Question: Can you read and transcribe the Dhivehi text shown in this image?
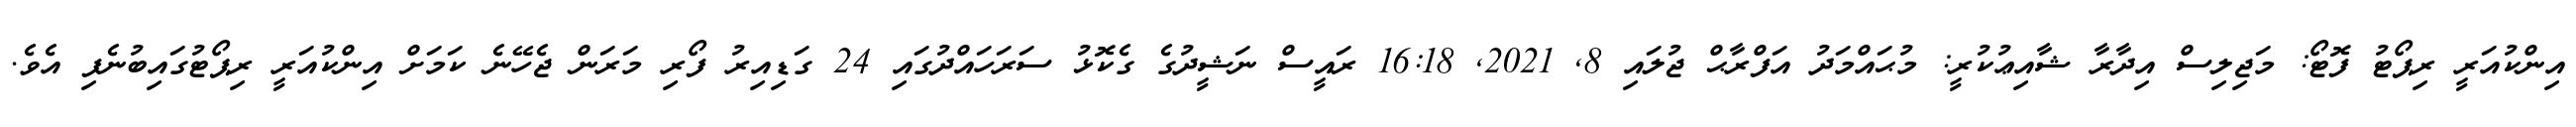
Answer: އިންކުއަރީ ރިޕޯޓު ފޮޓޯ: މަޖިލިސް އިދާރާ ޝާއިޢުކުރީ: މުޙައްމަދު އަފްރާޙް ޖުލައި 8, 2021, 16:18 ރައީސް ނަޝީދުގެ ގެކޮޅު ސަރަހައްދުގައި 24 ގަޑިއިރު ފޯރި މަރަން ޖެހޭނެ ކަމަށް އިންކުއަރީ ރިޕޯޓުގައިބުނެފި އެވެ.